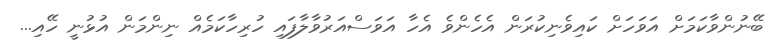
ބޭނުންވާކަމަށް އަވަހަށް ކައިވެނިކުރަން އެހެންވެ އެހާ އަވަސްއަރުވާލާފައި ހުރިހާކަމެއް ނިންމަން އުޅުނީ ހޭއި...